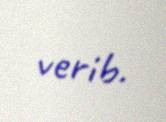
verib.